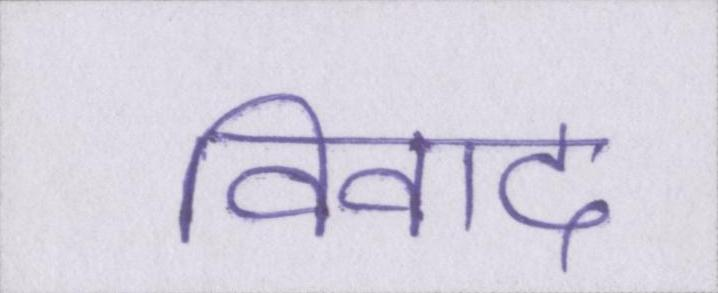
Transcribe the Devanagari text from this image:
विवाद